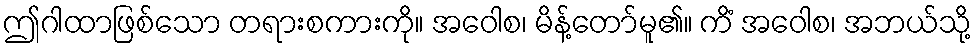
ဤဂါထာဖြစ်သော တရားစကားကို။ အဝေါစ၊ မိန့်တော်မူ၏။ ကိံ အဝေါစ၊ အဘယ်သို့